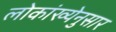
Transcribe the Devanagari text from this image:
लोकांख्येनुसार